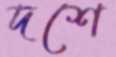
দশে